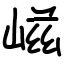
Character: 嵫